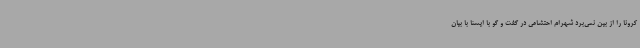
کرونا را از بین نمی‌برد شهرام احتشامی در گفت و گو با ایسنا با بیان